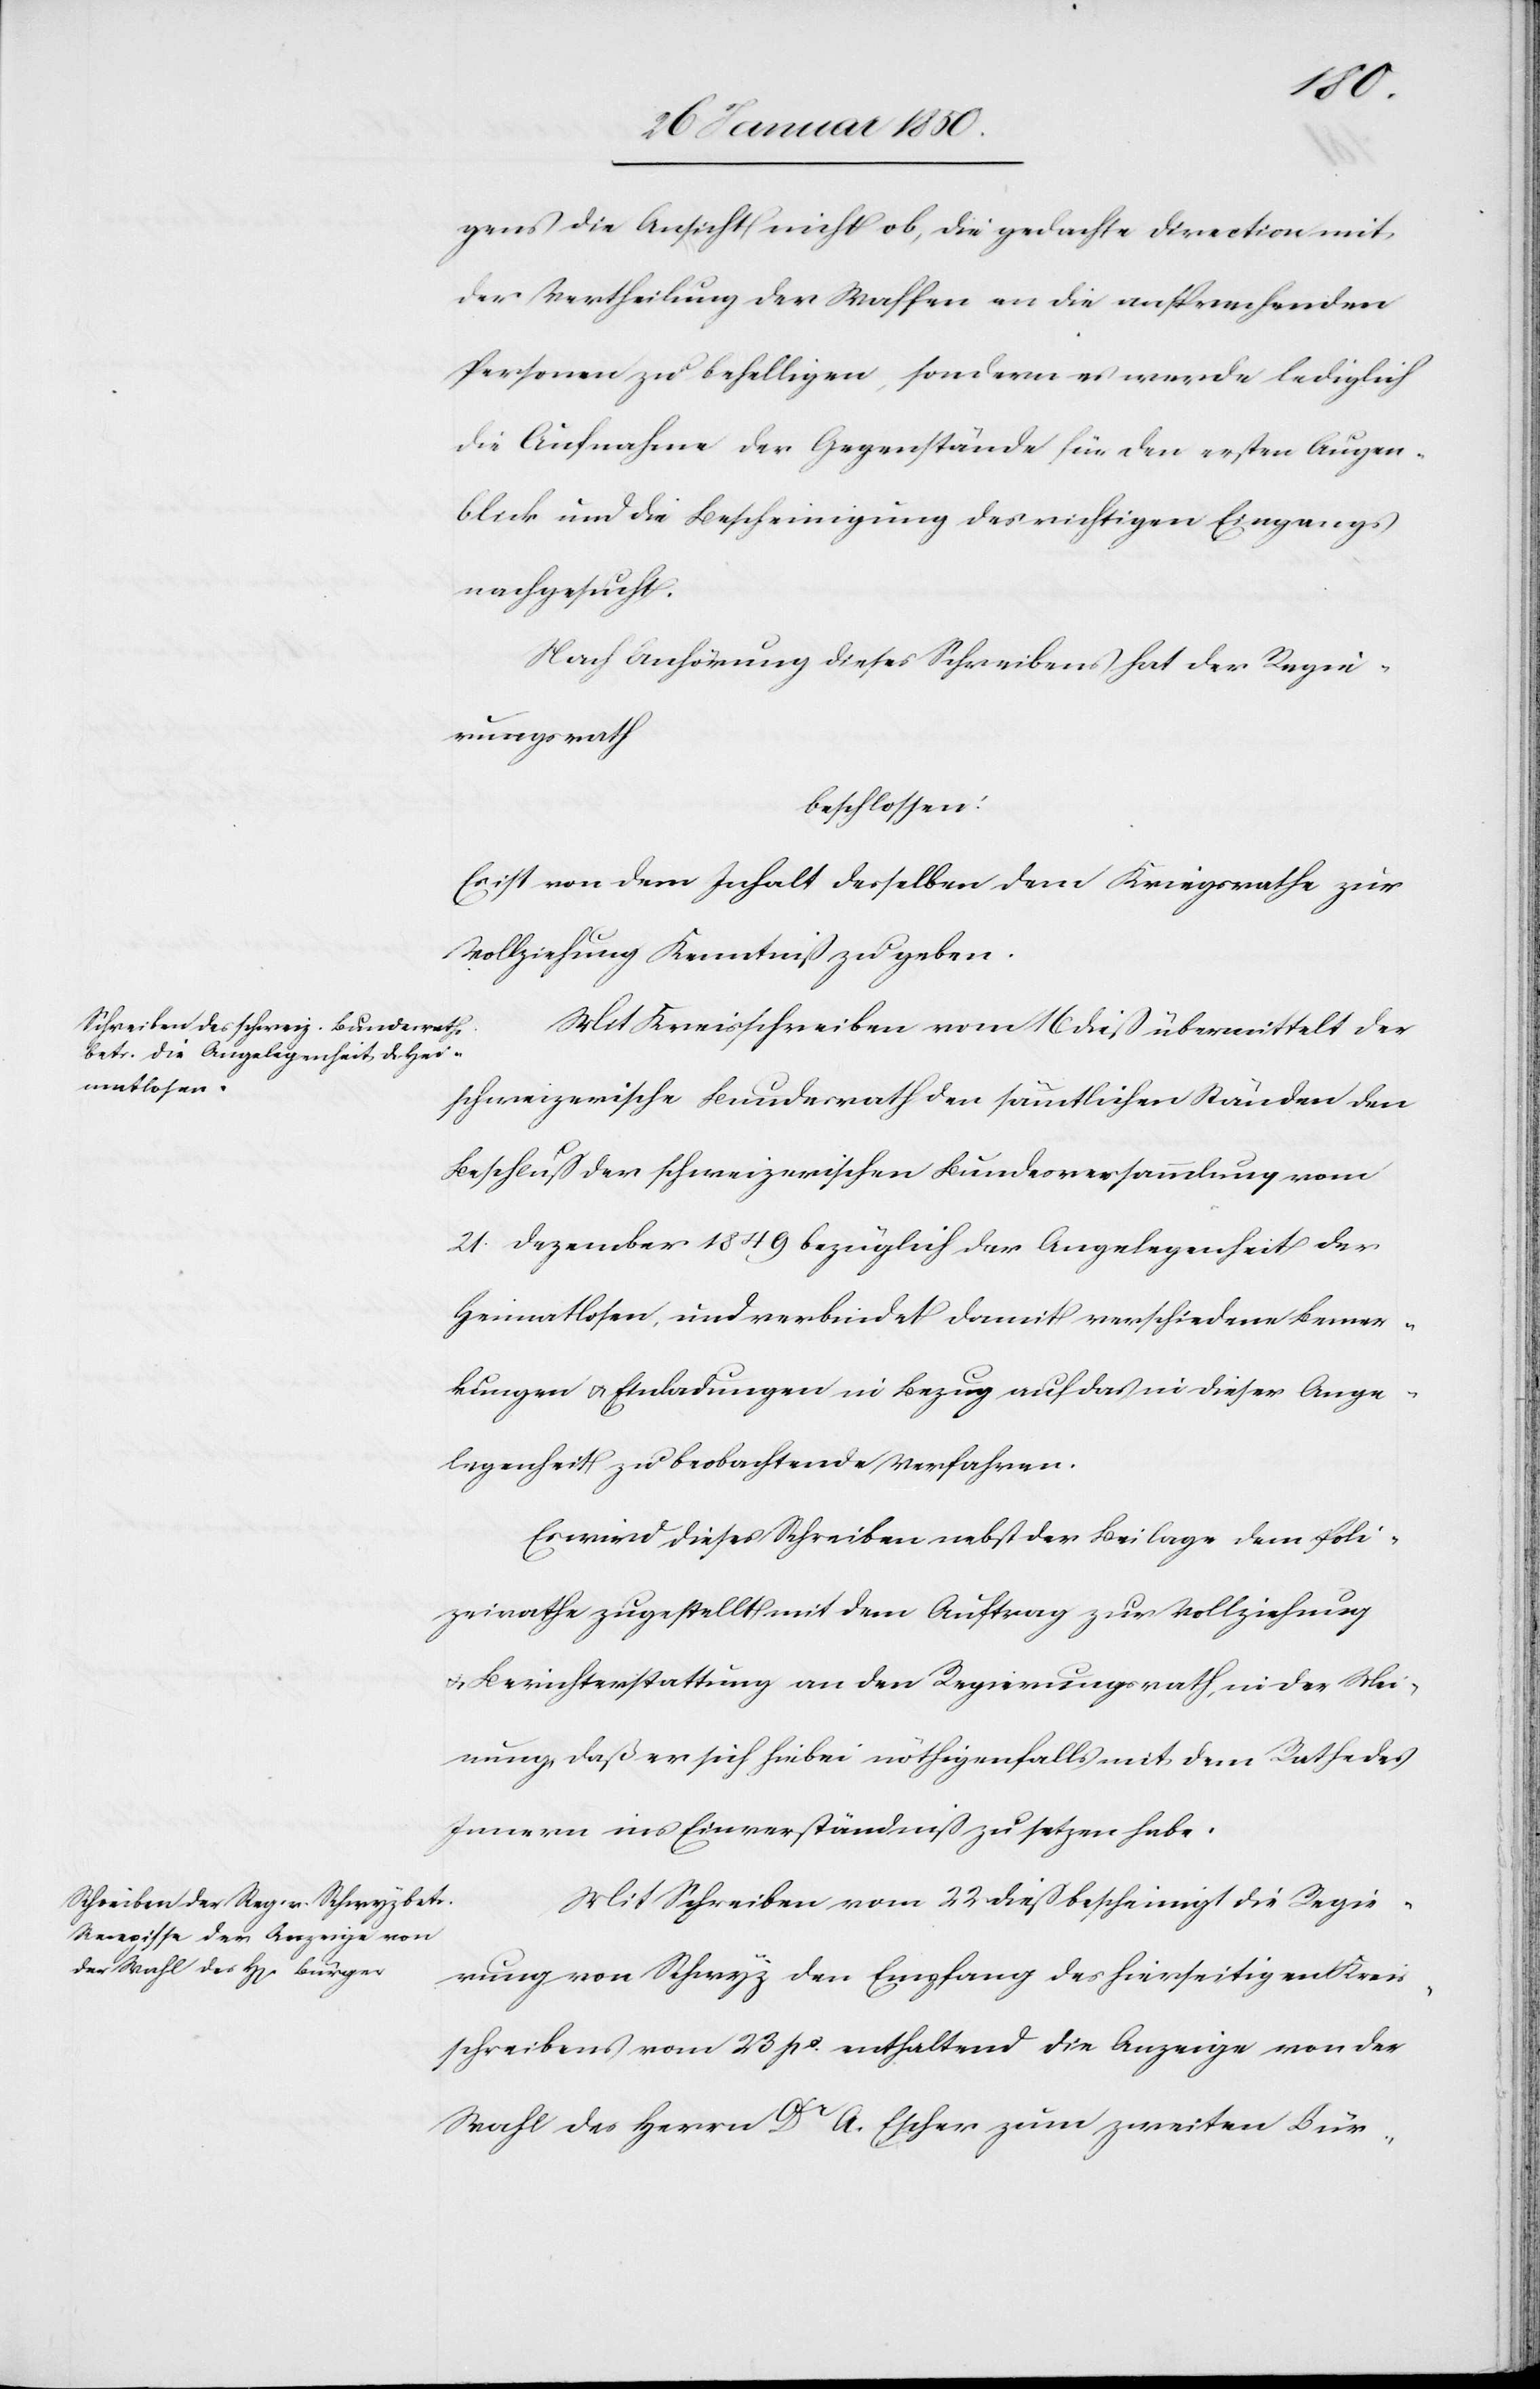
gens die Ansicht nicht ob, die gedachte Direction mit
der Vertheilung der Waffen an die entsprechenden
Personen zu behelligen, sondern es werde lediglich
die Aufnahme der Gegenstände für den ersten Augen¬
blick und die Bescheinigung des richtigen Eingangs
nachgesucht.
Nach Anhörung dieses Schreibens hat der Regie¬
rungsrath
beschlossen:
Es ist von dem Inhalt desselben dem Kriegsrathe zur
Vollziehung Kenntniß zu geben.
Mit Kreisschreiben vom 16 dieß übermittelt der
schweizerische Bundesrath den sämmtlichen Ständen den
Beschluß der schweizerischen Bundesversammlung vom
21. Dezember 1849 bezüglich der Angelegenheit der
Heimatlosen, und verbindet damit verschiedene Bewer¬
bungen u. Einladungen in Bezug auf das in dieser Ange¬
legenheit zu beobachtende Verfahren.
Es wird dieses Schreiben nebst der Beilage dem Poli¬
zeirathe zugestellt mit dem Auftrag zur Vollziehung
u. Berichterstattung an den Regierungsrath, in der Mei¬
nung, daß er sich hiebei nöthigenfalls mit dem Rathe des
Innern ins Einverständniß zu setzen habe.
Mit Schreiben vom 22 dieß bescheinigt die Regie¬
rung von Schwyz den Empfang des hierseitigen Kreis¬
schreibens vom 23 po. enthaltend die Anzeige von der
Wahl des Herrn Dr A. Escher zum zweiten Bür-